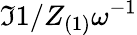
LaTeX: \Im{1/Z_{(1)}}\omega^{-1}